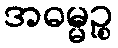
အဓမ္မဉ္စ